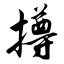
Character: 撙